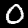
Digit: 0